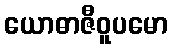
ယောဓာဇီဝူပမော